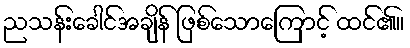
ညသန်းခေါင်အချိန် ဖြစ်သောကြောင့် ထင်၏။